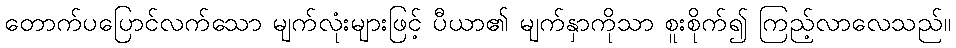
တောက်ပပြောင်လက်သော မျက်လုံးများဖြင့် ပီယာ၏ မျက်နှာကိုသာ စူးစိုက်၍ ကြည့်လာလေသည်။